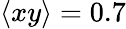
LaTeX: \langle xy\rangle=0.7